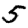
Digit: 5